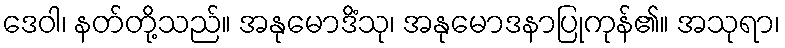
ဒေဝါ၊ နတ်တို့သည်။ အနုမောဒိံသု၊ အနုမောဒနာပြုကုန်၏။ အသုရာ၊